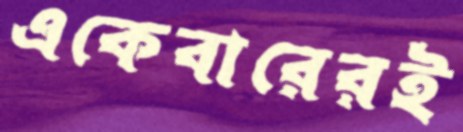
একেবারেরই